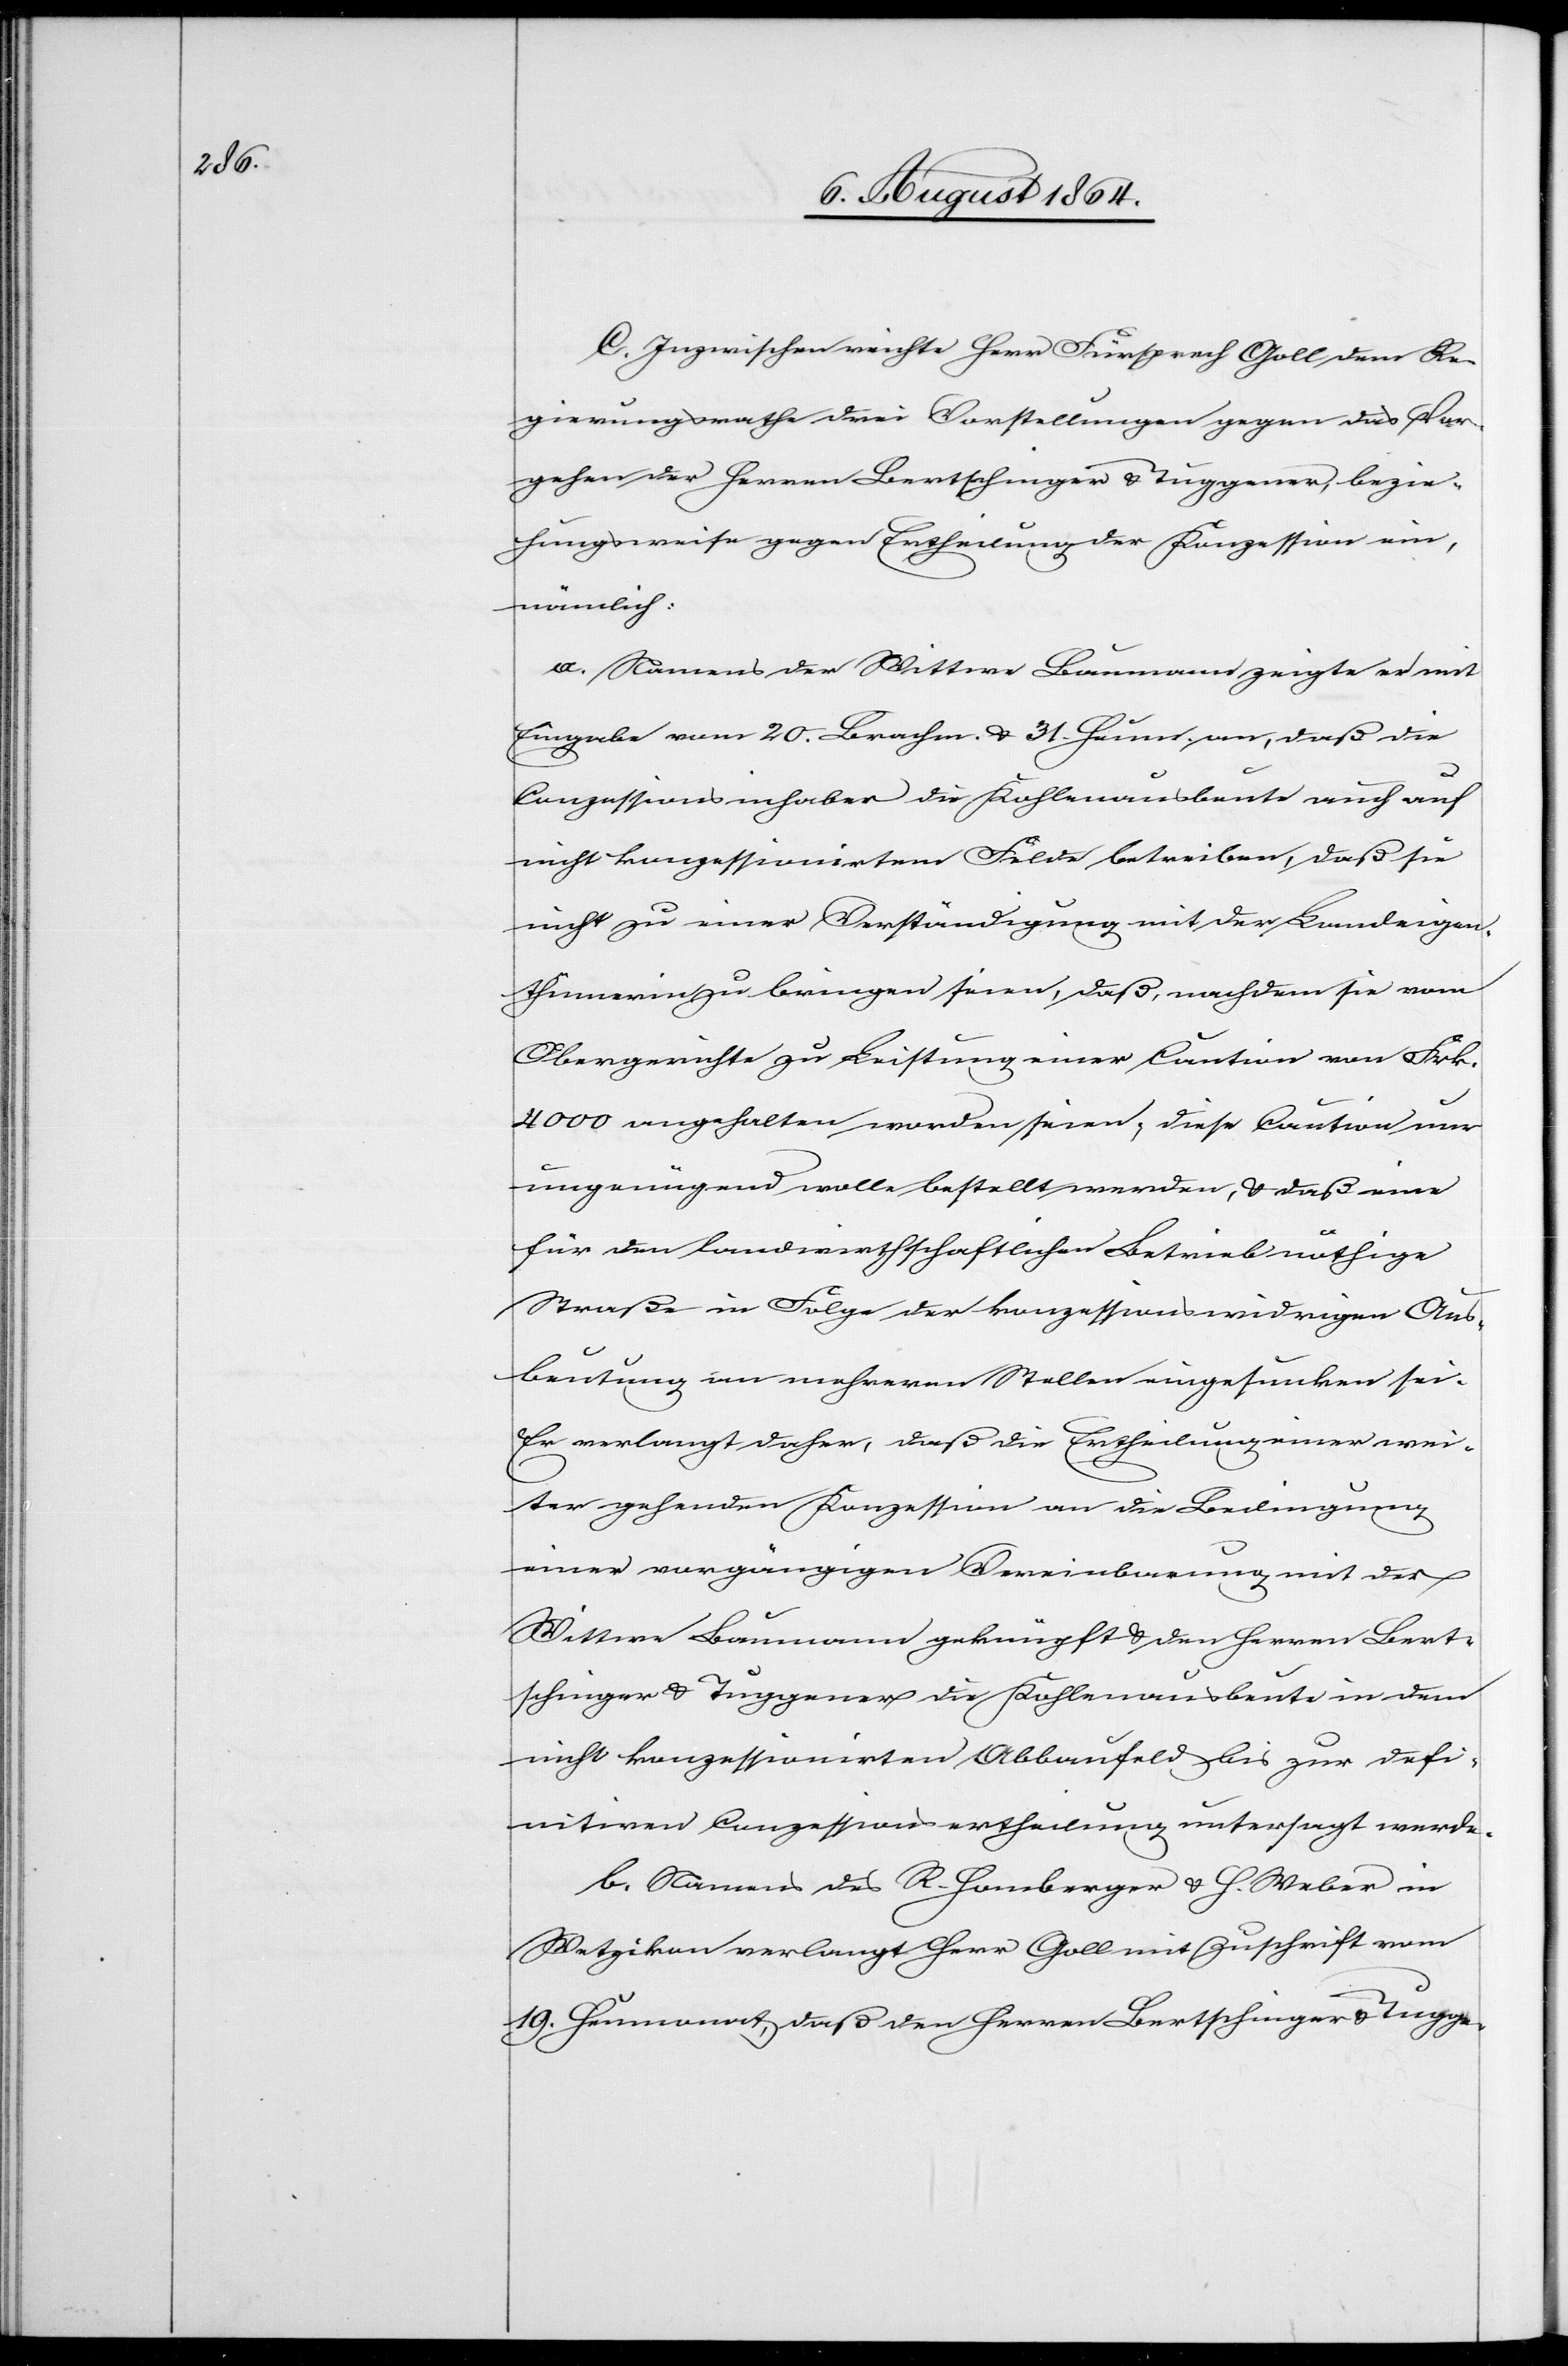
C. Inzwischen reichte Herr Fürsprech Goll dem Be¬
zirksrathe drei Vorstellungen gegen das Vor¬
gehen der Herren Bertschinger & Tuggener bezie¬
hungsweise gegen Entscheidung der Konzession ein,
nämlich:
a. Namens der Wittwe Baumann zeigte er mit
Eingabe vom 20. Brachm. & 31. Heum. an, daß die
Conzessionsinhaber die Kohlenausbeute auch auf
nicht konzessionirtem Felde betreiben, daß sie
nicht zu einer Verständigung mit der Landeigen¬
thümerin zu bringen seien, daß, nachdem sie vom
Obergerichte zu Leistung einer Caution von Frk.
4000 angehalten worden seien, diese Caution nur
ungenügend wolle bestellt werden, & daß eine
für den landwirthschaftlichen Betrieb nöthige
Straße in Folge der konzessionswidrigen Aus¬
beutung an mehrerern Stellen eingesunken sei.
Er verlangt daher, daß die Ertheilung einer wei¬
ter gehenden Konzession an die Bedingung
einer vorgängigen Vereinbarung mit der
Wittwe Baumann geknüpft & den Herren Bert¬
schinger & Tuggener die Kohlenausbeute in dem
nicht konzessionirten Abbaufeld bis zur defi¬
nitiven Conzessionsertheilung untersagt werde.
b. Namens des R. Homberger & H. Weber in
Wetzikon verlangt Herr Goll mit Zuschrift vom
19. Heumonat, daß den Herren Bertschinger & Tugge-